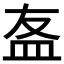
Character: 𥁊